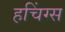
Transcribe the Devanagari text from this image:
हचिंग्स